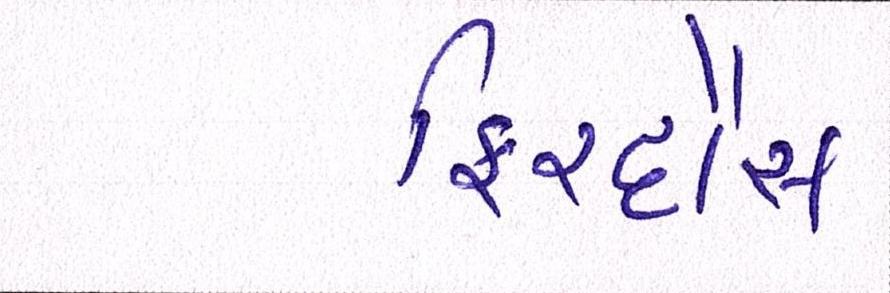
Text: ફિરદૌસ